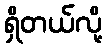
ရှိတယ်လို့